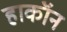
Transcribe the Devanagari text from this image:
हाकॉन